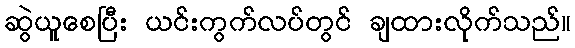
ဆွဲယူစေပြီး ယင်းကွက်လပ်တွင် ချထားလိုက်သည်။